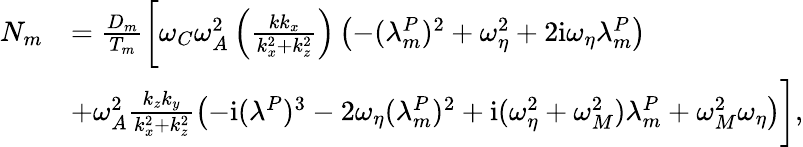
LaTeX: \begin{array}{rl}{N_{m}}&{=\frac{D_{m}}{T_{m}}\bigg[\omega_{C}\omega_{A}^{2}\left(\frac{kk_{x}}{k_{x}^{2}+k_{z}^{2}}\right)\left(-(\lambda_{m}^{P})^{2}+\omega_{\eta}^{2}+2\mathrm{i}\omega_{\eta}\lambda_{m}^{P}\right)}\\ &{+\omega_{A}^{2}\frac{k_{z}k_{y}}{k_{x}^{2}+k_{z}^{2}}\left(-\mathrm{i}(\lambda^{P})^{3}-2\omega_{\eta}(\lambda_{m}^{P})^{2}+\mathrm{i}(\omega_{\eta}^{2}+\omega_{M}^{2})\lambda_{m}^{P}+\omega_{M}^{2}\omega_{\eta}\right)\bigg],}\end{array}